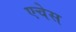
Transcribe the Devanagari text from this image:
एचेस